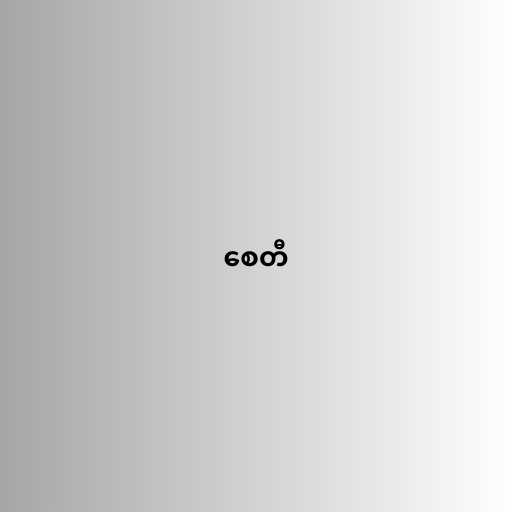
စေတီ